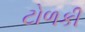
ટોળકી